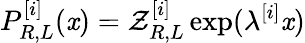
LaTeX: P_{R,L}^{[i]}(\mathit{x})=\mathcal{{Z}}_{R,L}^{[i]}\exp(\lambda^{[i]}\mathit{x})